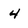
Character: 4